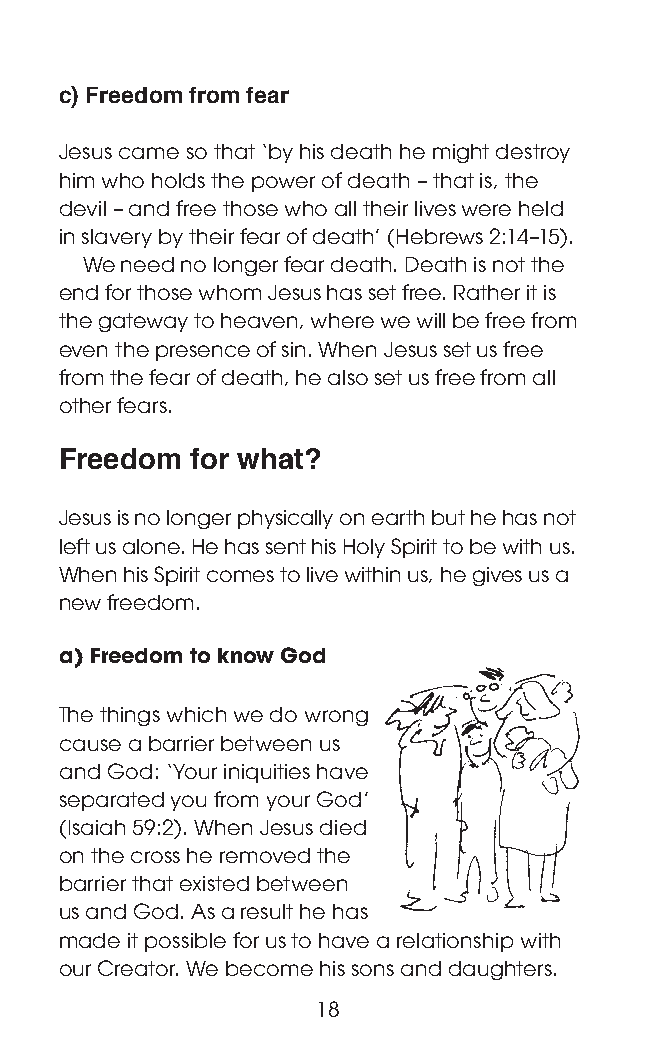
c) Freedom from fear
 Jesus came so that ‘by his death he might destroy
 him who holds the power of death – that is, the
 devil – and free those who all their lives were held
 in slavery by their fear of death’ (Hebrews 2:14–15).
 We need no longer fear death. Death is not the
 end for those whom Jesus has set free. Rather it is
 the gateway to heaven, where we will be free from
 even the presence of sin. When Jesus set us free
 from the fear of death, he also set us free from all
 other fears.
 Freedom  for what?
 Jesus is no longer physically on earth but he has not
 left us alone. He has sent his Holy Spirit to be with us.
 When his Spirit comes to live within us, he gives us a
 new freedom.
 a) Freedom to know God
 The things which we do wrong
 cause a barrier between us
 and God: ‘Your iniquities have
 separated you from your God’
 (Isaiah 59:2). When Jesus died
 on the cross he removed the
 barrier that existed between
 us and God. As a result he has
 made it possible for us to have a relationship with
 our Creator. We become his sons and daughters.
 18